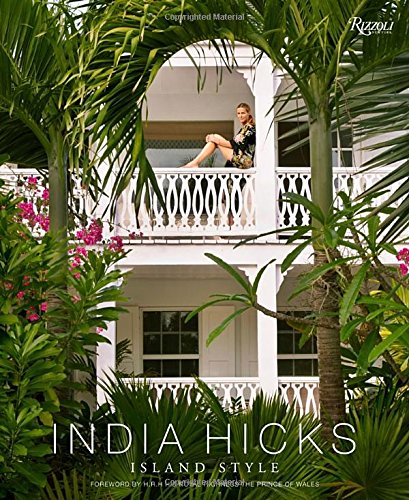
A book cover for India Hicks: Island Style; India Hicks; Crafts, Hobbies & Home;